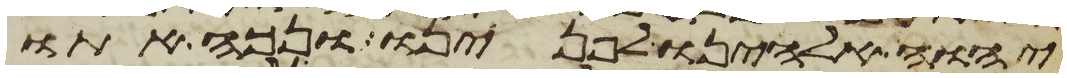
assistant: יהוה אלהינו לפנינו ונכה אתו